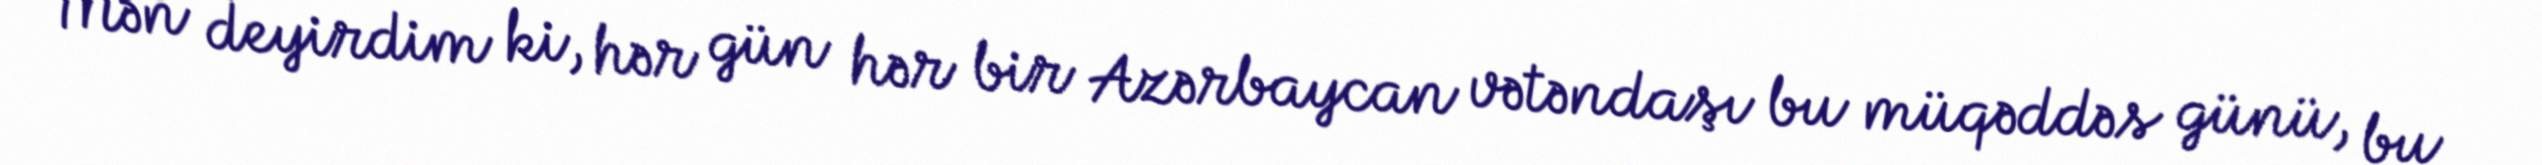
Mən deyirdim ki, hər gün hər bir Azərbaycan vətəndaşı bu müqəddəs günü, bu